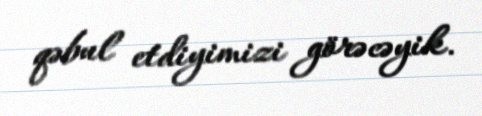
qəbul etdiyimizi görəcəyik.